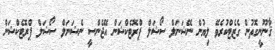
ޤާނޫނީގޮތުން ގެޒެޓްކުރެވޭ ލިޔުން ނޭޝަނަލް ސޯޝަލް ޕްރޮޓެކްޝަން އޭޖެންސީ ނެޝަނަލް ސޯޝަލް ޕްރޮޓެކްޝަން